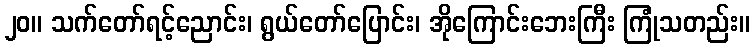
၂၀။ သက်တော်ရင့်ညောင်း၊ ရွယ်တော်ပြောင်း၊ အိုကြောင်းဘေးကြီး ကြုံသတည်း။